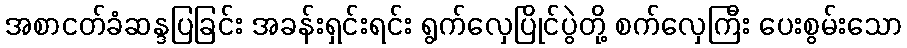
အစာငတ်ခံဆန္ဒပြခြင်း အခန်းရှင်းရင်း ရွက်လှေပြိုင်ပွဲတို့ စက်လှေကြီး ပေးစွမ်းသော